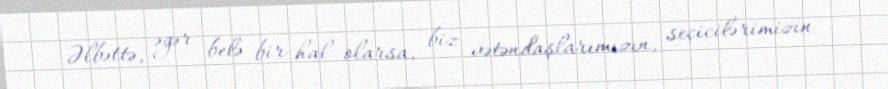
Əlbəttə, əgər belə bir hal olarsa, biz vətəndaşlarımızın, seçicilərimizin